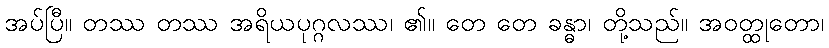
အပ်ပြီ။ တဿ တဿ အရိယပုဂ္ဂလဿ၊ ၏။ တေ တေ ခန္ဓာ၊ တို့သည်။ အဝတ္ထုတော၊